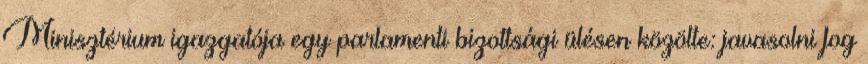
Minisztérium igazgatója egy parlamenti bizottsági ülésen közölte: javasolni fog